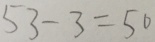
5 3 - 3 = 5 0